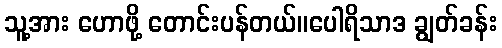
သူ့အား ဟောဖို့ တောင်းပန်တယ်။ပေါရိသာဒ ချွတ်ခန်း